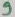
Text: 9